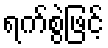
ရက်စွဲဖြင့်